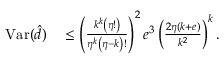
\begin{array} { r l } { \mathrm { V a r } ( \hat { d } ) } & { { } \leq \left( \frac { k ^ { k } \left( \eta ! \right) } { \eta ^ { k } \left( \eta - k \right) ! } \right) ^ { 2 } e ^ { 3 } \left( \frac { 2 \eta \left( k + e \right) } { k ^ { 2 } } \right) ^ { k } . } \end{array}